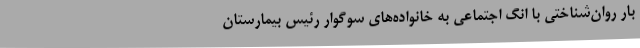
بار روان‌شناختی با انگ اجتماعی به خانواده‌های سوگوار رئیس بیمارستان